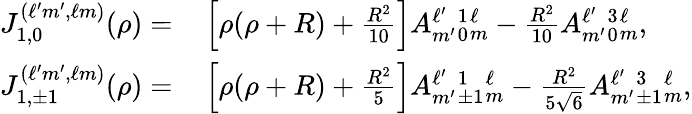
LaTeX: \begin{array}{rl}{J_{1,0}^{(\ell^{\prime}m^{\prime},\ell m)}(\rho)=}&{{}\left[\rho(\rho+R)+\frac{R^{2}}{10}\right]A_{m^{\prime}}^{\ell^{\prime}}{}_{0}^{1}{}_{m}^{\ell}-\frac{R^{2}}{10}A_{m^{\prime}}^{\ell^{\prime}}{}_{0}^{3}{}_{m}^{\ell},}\\ {J_{1,\pm 1}^{(\ell^{\prime}m^{\prime},\ell m)}(\rho)=}&{{}\left[\rho(\rho+R)+\frac{R^{2}}{5}\right]A_{m^{\prime}}^{\ell^{\prime}}{}_{\pm 1}^{1}{}_{m}^{\ell}-\frac{R^{2}}{5\sqrt{6}}A_{m^{\prime}}^{\ell^{\prime}}{}_{\pm 1}^{3}{}_{m}^{\ell},}\end{array}